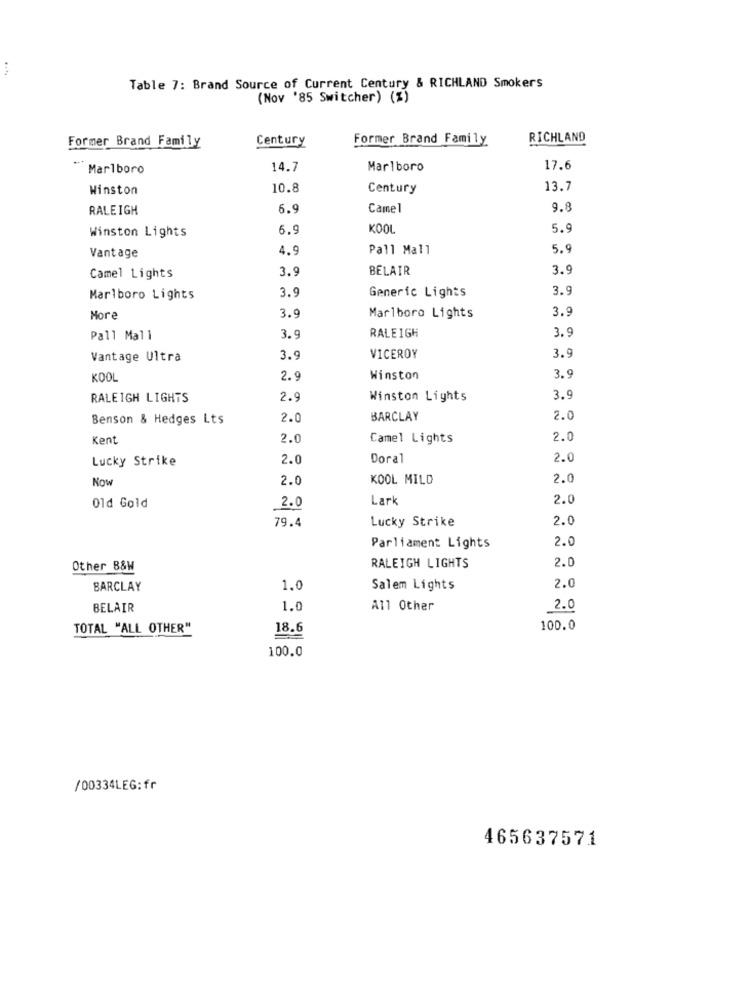
Table 7: Brand Source of Current Century & RICHLAND Smokers
(Nov '85 Switcher) (%)
Former Brand Family
Century
Former Brand Family
RICHLAND
Marlboro
14.7
Marlboro
17.6
Winston
10.8
Century
13.7
RALEIGH
6.9
Camel
9.8
6.9
KOOL
5.9
Winston Lights
4.9
Pall Mall
5.9
Vantage
3.9
BELAIR
3.9
Camel Lights
3.9
Generic Lights
3.9
Marlboro Lights
3.9
3.9
More
Marlboro Lights
3.9
Pall Mall
3.9
RALEIGH
3.9
Vantage Ultra
3.9
VICEROY
KOOL
2.9
Winston
3.9
RALEIGH LIGHTS
2.9
Winston Lights
3.9
Benson & Hedges Lts
2.0
BARCLAY
2.0
Kent
2.0
Camel Lights
2.0
Lucky Strike
2.0
Doral
2.0
Now
2.0
KOOL MILD
2.0
Lark
2.0
Old Gold
2.0
79.4
Lucky Strike
2.0
2.0
Parliament Lights
Other B&W
RALEIGH LIGHTS
2.0
2.0
BARCLAY
1.0
Salem Lights
BELAIR
1.0
All Other
2.0
TOTAL "ALL OTHER"
18.6
100.0
100.0
/00334LEG:fr
465637571